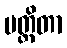
ပတ္ထိတာ